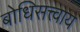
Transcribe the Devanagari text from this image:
बोधिसत्त्वाय